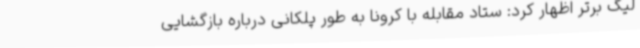
لیگ برتر اظهار کرد: ستاد مقابله با کرونا به طور پلکانی درباره بازگشایی